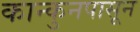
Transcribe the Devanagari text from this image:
कान्कुनपासून